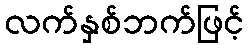
လက်နှစ်ဘက်ဖြင့်